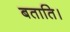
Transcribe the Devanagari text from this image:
बताति।